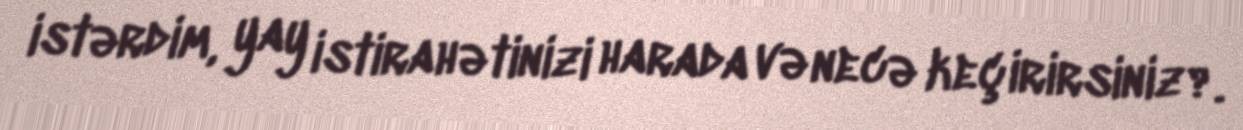
istərdim, yay istirahətinizi harada və necə keçirirsiniz?.